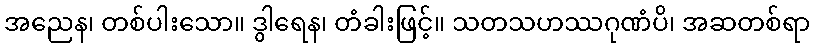
အညေန၊ တစ်ပါးသော။ ဒွါရေန၊ တံခါးဖြင့်။ သတသဟဿဂုဏံပိ၊ အဆတစ်ရာ